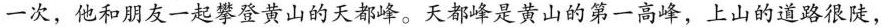
一次，他和朋友一起攀登黄山的天都峰。天都峰是黄山的第一高峰，上山的道路很陡，